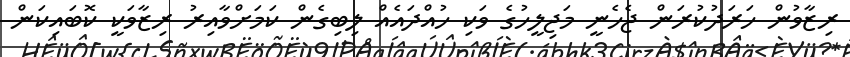
ރިޒާވުން ހަރަދުކުރަން ޖެހެނީ މަޖިލީހުގެ ވަކި ހުއްދައެއް ލިބިގެން ކަމަށްވާއިރު ރިޒާވަކީ ކޮބައިކަން